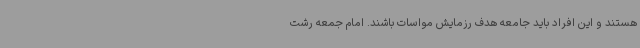
هستند و این افراد باید جامعه هدف رزمایش مواسات باشند. امام جمعه رشت